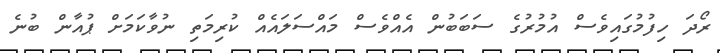
ރޯދަ ހިފުމުގައިވެސް އުމުރުގެ ސަބަބުން އެއްވެސް މައްސަލައެއް ކުރިމަތި ނުވާކަމަށް ޕުއާން ބުނެ